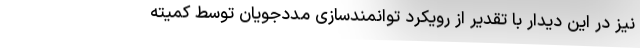
نیز در این دیدار با تقدیر از رویکرد توانمندسازی مددجویان توسط کمیته